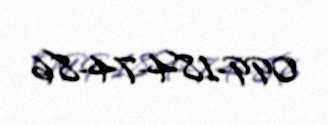
099-184-74-86